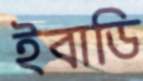
ইবাডি